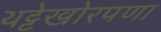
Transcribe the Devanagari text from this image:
थट्टेखोरपणा